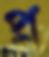
প্র